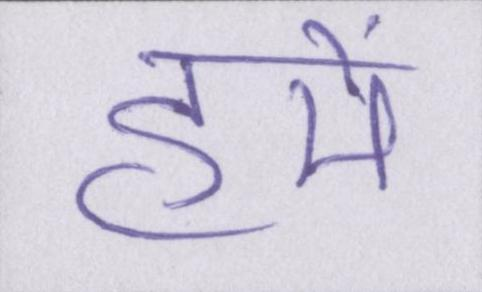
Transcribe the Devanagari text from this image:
हमें